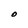
Character: O